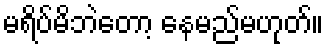
မရိပ်မိဘဲတော့ နေမည်မဟုတ်။